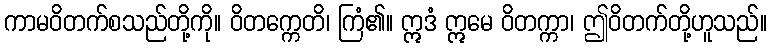
ကာမဝိတက်စသည်တို့ကို။ ဝိတက္ကေတိ၊ ကြံ၏။ ဣဒံ ဣမေ ဝိတက္ကာ၊ ဤဝိတက်တို့ဟူသည်။